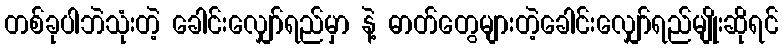
တစ်ခုပါဘဲသုံးတဲ့ ခေါင်းလျှော်ရည်မှာ နဲ့ ဓာတ်တွေများတဲ့ခေါင်းလျှော်ရည်မျိုးဆိုရင်